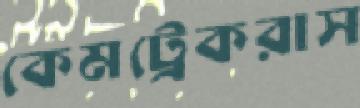
কেমট্রেকরাস